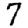
Digit: 7